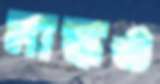
মাস্কও